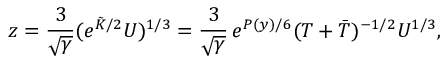
z = \frac { 3 } { \sqrt { \gamma } } ( e ^ { \tilde { K } / 2 } U ) ^ { 1 / 3 } = \frac { 3 } { \sqrt { \gamma } } \, e ^ { P ( y ) / 6 } ( T + \bar { T } ) ^ { - 1 / 2 } U ^ { 1 / 3 } ,